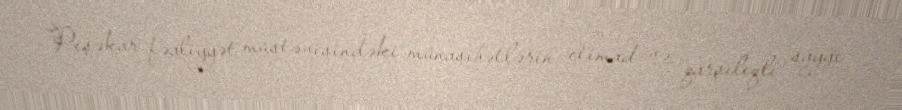
Peşəkar fəaliyyət müstəvisindəki münasibətlərin etimad və qarşılıqlı sayğı